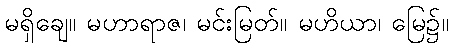
မရှိချေ။ မဟာရာဇ၊ မင်းမြတ်။ မဟိယာ၊ မြေ၌။